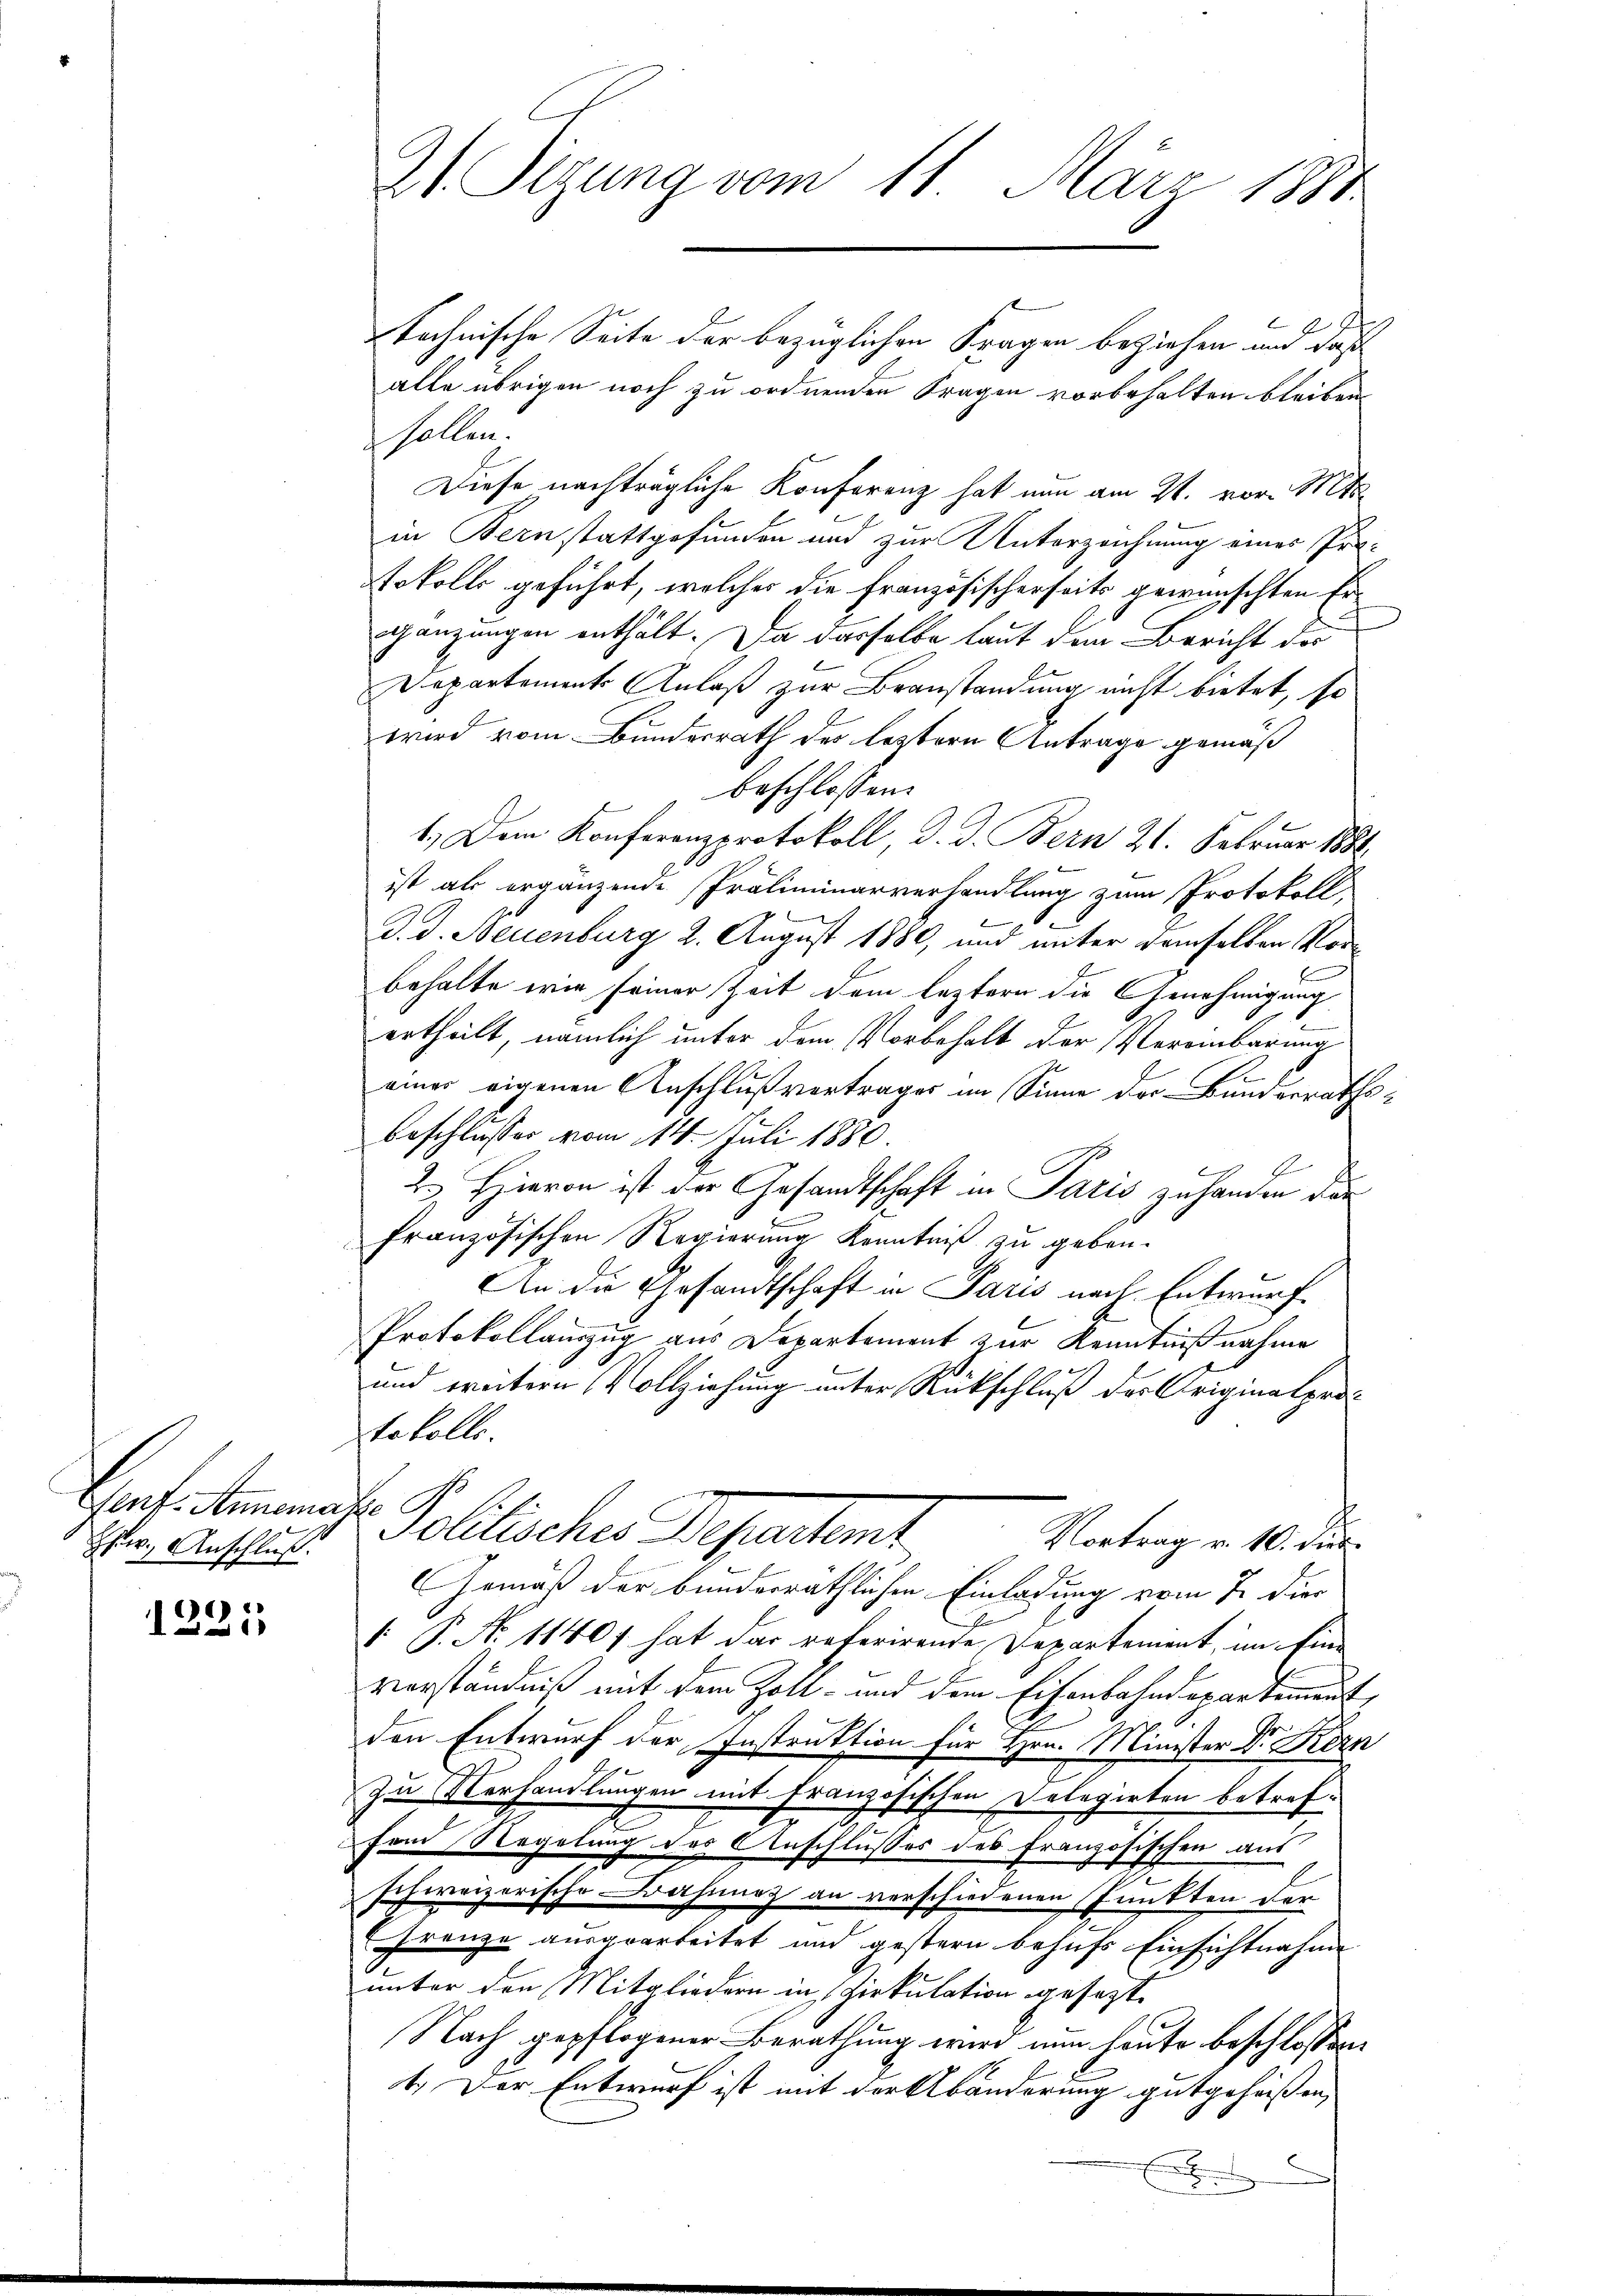
Gent. Annemasse
Hur. Anschluß.

)
1
d

21 Sizung vom 11. März 1881

tochnische Seite der bezüglichen Fragen beziehen und daß
alle übrigen noch zu ordnenden Fragen vorbehalten bleiben
sollen.
Diese nachträgliche Konferenz hat nun am 21. vor. Mts.
in Bern stattgefunden und zur Unterzeichnung eines Prätokolls geführt, welcher die Französischerseits gewünschten Ergänzungen enthält. Da dasselbe laut dem Bericht der
Departement Anlaß zur Beanstandung nicht bietet, so
wird vom Bundesrath des leztern Antrage gemäß
beschlossen:
1.) Dem Konferenzprotokoll d. d. Bern 21. Februar 1884
ist als ergänzende Präliminarverhandlung zum Protokoll,

d. d. Neuenburg 2. August 1880, und unter demselben Vorbehalte wie seiner Zeit dem leztern die Genehmigung
ertheilt, nämlich unter dem Vorbehalt der Vereinbarung
l
eines eigenen Anschlußvertrages im Sinne der Bundesraths-
beschlusser vom 14. Juli 1880.
2. Hievon ist der Gesandtschaft in Paris zu handen der
Französischen Regierung Kenntniß zu geben.
An die Gesandtschaft in Paris nach Entwurf.
Protokollauszug aus Departement zur Kenntnißnahme
und weitern Vollziehung unter Rückschluß der Originalprotokolle.
vollisches Departent
Vortrag v. 10. dies
Gemäß der bunderräthlichen Einladung vom 7. die
. P. No 11401 hat das referirende Departement, im Einverständniß mit dem Zoll- und dem Eisenbahndepartement,
den Entwurf der Instruktion für Hrn. Minister Dr. Körp
zu Verhandlungen mit Französischen Delegirten betref-
fond Regelung des Anschlusses des französischen aus
schweizerische ahnung an verschiedenen Punkten der
(Franze ausgearbeitet und gestern behufs Einsichtnahme
unter den Mitgliedern in Zirkulation gesezt.
Nach gepflogener Berathung wird nun heute beschlossen:
1.) Der Entwurf ist mit der Abänderung gutgeheißen,
E